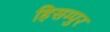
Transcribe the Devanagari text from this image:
हिसम्पुर